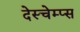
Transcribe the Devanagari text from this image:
देस्चेम्प्स